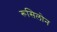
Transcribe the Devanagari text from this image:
रूसिलोन